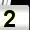
Digit: 2